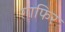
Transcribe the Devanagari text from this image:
ग़ाफिर